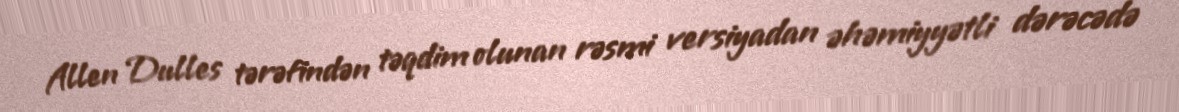
Allen Dulles tərəfindən təqdim olunan rəsmi versiyadan əhəmiyyətli dərəcədə